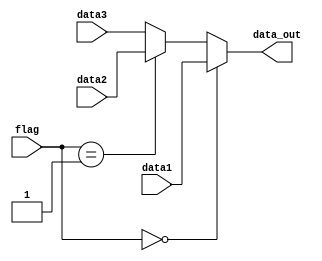
module MUX_3 #(parameter N = 32) (
	input [N - 1: 0] data1, data2, data3,
	input [1:0] flag, 
	output [N - 1: 0] data_out
);

	 assign data_out = (flag == 2'b00) ? data1 :
                      (flag == 2'b01) ? data2 :
                                           data3;

endmodule